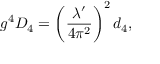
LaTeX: g ^ { 4 } D _ { 4 } = \left( \frac { \lambda ^ { \prime } } { 4 \pi ^ { 2 } } \right) ^ { 2 } d _ { 4 } ,